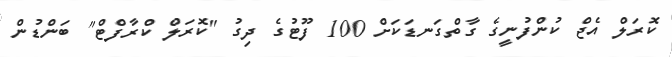
ކޮރަލް އެޖް ކުންފުނީގެ ގާތްގަނޑަކަށް 100 ފޫޓުގެ ދިގު "ކޮރަލް ކްރާފްޓް" ބަންޑުން